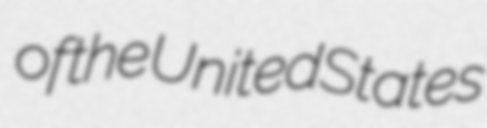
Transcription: of the United States